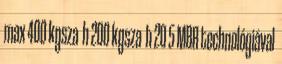
max 400 kgsza h 200 kgsza h 20 5 MBR technológiával